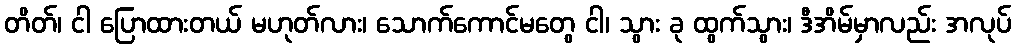
တိတ်၊ ငါ ပြောထားတယ် မဟုတ်လား၊ သောက်ကောင်မတွေ ငါ၊ သွား ခု ထွက်သွား၊ ဒီအိမ်မှာလည်း အလုပ်